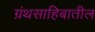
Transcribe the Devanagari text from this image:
ग्रंथसाहिबातील